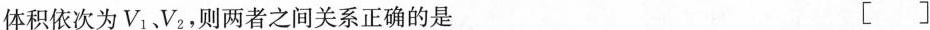
体积依次为 V _ { 1 }、V _ { 2 }，则两者之间关系正确的是 [ ]